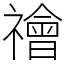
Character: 禬